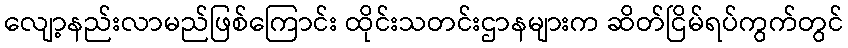
လျော့နည်းလာမည်ဖြစ်ကြောင်း ထိုင်းသတင်းဌာနများက ဆိတ်ငြိမ်ရပ်ကွက်တွင်